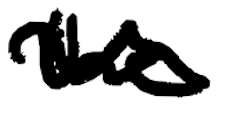
Text: the
Cross-out: wave
Writing tool: digital_black